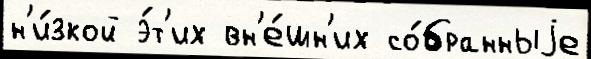
н'и́зкой э́т'их вн'е́шн'их со́бранныjе